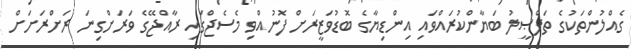
ގެއްލުންތަކުގެ ތަފްޞީލު ބަޔާންކުރައްވައި އިންޑިޔާގެ ބޮޑުވަޒީރަށް ފޮނުއްވި މެސެޖްގައި ރާއްޖޭގެ ވަރަށްގިނަ ރަށްރަށަށް